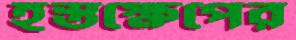
হস্তক্ষেপের